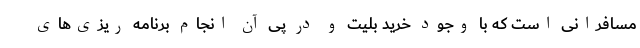
مسافرانی است که با وجود خرید بلیت و در پی آن انجام برنامه ریزی‌های